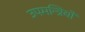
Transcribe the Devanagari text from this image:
उपमन्त्रियों